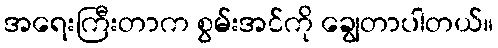
အရေးကြီးတာက စွမ်းအင်ကို ချွေတာပါတယ်။